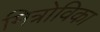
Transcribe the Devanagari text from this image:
मित्रोविका